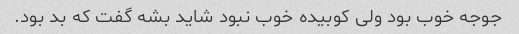
جوجه خوب بود ولی کوبیده خوب نبود شاید بشه گفت که بد بود.